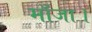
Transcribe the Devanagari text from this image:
माँजा।